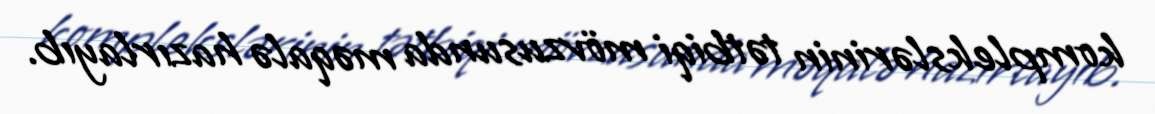
komplekslərinin tətbiqi mövzusunda məqalə hazırlayıb.